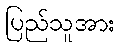
ပြည်သူအား